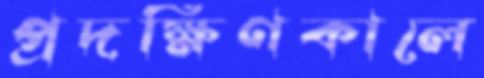
প্রদক্ষিণকালে